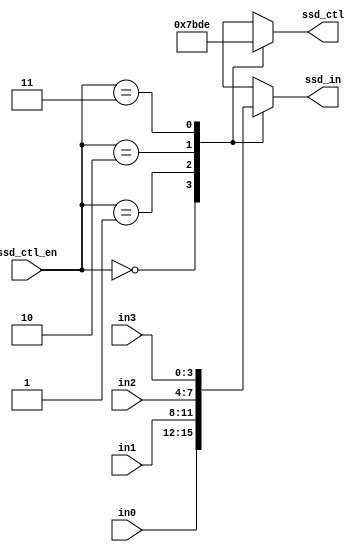
module scan_ctl(
    ssd_ctl,    //ssd display control signal
    ssd_in,     //output to ssd display
    in0,        //1st input
    in1,        //2nd input
    in2,        //3rd input
    in3,        //4th input
    ssd_ctl_en  //divided clock for scan control
);
output [3:0] ssd_in;
output [3:0] ssd_ctl;
input [3:0] in0, in1, in2, in3;
input [1:0] ssd_ctl_en;
reg [3:0] ssd_in;
reg [3:0] ssd_ctl;

always @*
    case (ssd_ctl_en)
    2'b00:
    begin
        ssd_ctl = 4'b0111;
        ssd_in = in0;
    end
    2'b01:
    begin
        ssd_ctl = 4'b1011;
        ssd_in = in1;
    end
    2'b10:
    begin
        ssd_ctl = 4'b1101;
        ssd_in = in2;
    end
    2'b11:
    begin
        ssd_ctl = 4'b1110;
        ssd_in = in3;
    end
    default:
    begin
        ssd_ctl = 4'b0000;
        ssd_in = in0;
    end
    endcase

endmodule